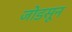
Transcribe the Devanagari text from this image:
जोडसून